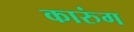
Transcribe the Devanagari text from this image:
कारुंग